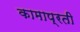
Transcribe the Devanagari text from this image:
कामाप्रती